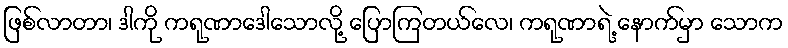
ဖြစ်လာတာ၊ ဒါကို ကရုဏာဒေါသောလို့ ပြောကြတယ်လေ၊ ကရုဏာရဲ့ နောက်မှာ သောက